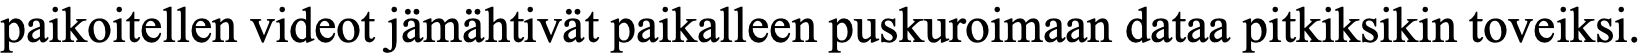
paikoitellen videot jämähtivät paikalleen puskuroimaan dataa pitkiksikin toveiksi.